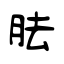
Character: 胠